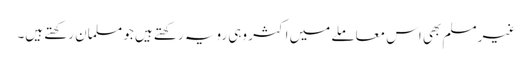
غیر مسلم بھی اس معاملے میں اکثر وہی رویہ رکھتے ہیں جو مسلمان رکھتے ہیں۔